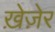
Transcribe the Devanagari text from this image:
ख़ेज़ेर